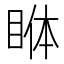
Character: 𱲺